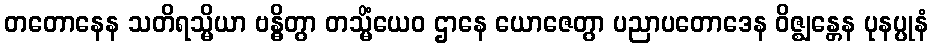
တတောနေန သတိရသ္မိယာ ဗန္ဓိတွာ တသ္မိံယေဝ ဌာနေ ယောဇေတွာ ပညာပတောဒေန ဝိဇ္ဈန္တေန ပုနပ္ပုနံ